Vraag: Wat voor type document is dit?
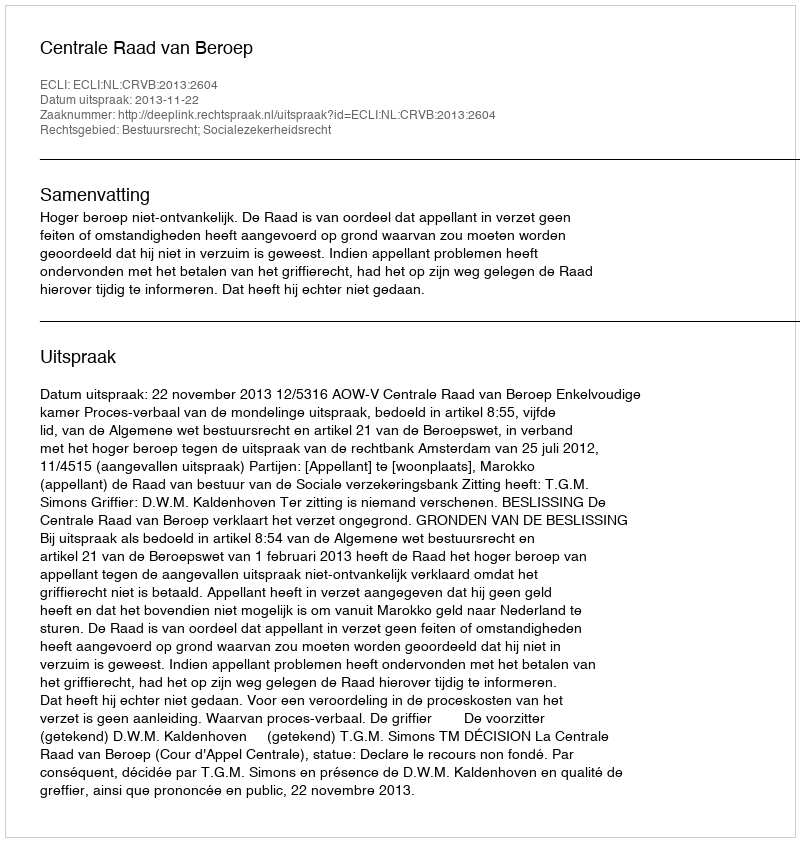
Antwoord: Uitspraak